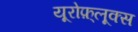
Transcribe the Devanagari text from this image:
यूरोफ़्लूक्स